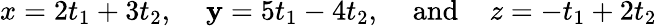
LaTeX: x=2t_{1}+3t_{2},\; \; \; \; \mathbf{y}=5t_{1}-4t_{2},\; \; \; \; {\mathrm{{and}}}\; \; \; \; z=-t_{1}+2t_{2}